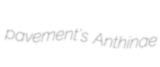
pavement's Anthinae